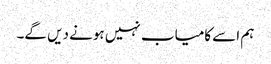
ہم اسے کامیاب نہیں ہونے دیں گے۔